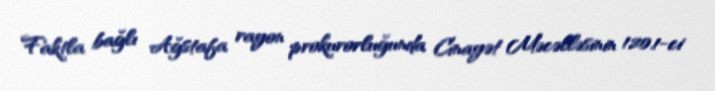
Faktla bağlı Ağstafa rayon prokurorluğunda Cinayət Məcəlləsinin 120.1-ci